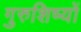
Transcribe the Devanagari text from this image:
गुरुशिष्यों